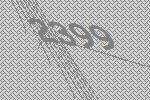
2399